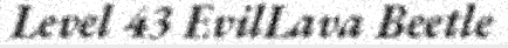
Level 43 EvilLava Beetle